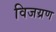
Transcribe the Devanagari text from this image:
विजय्रण